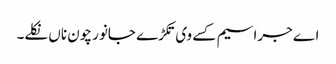
اے جراسیم کسے وی تکڑے جانور چون ناں نکلے۔